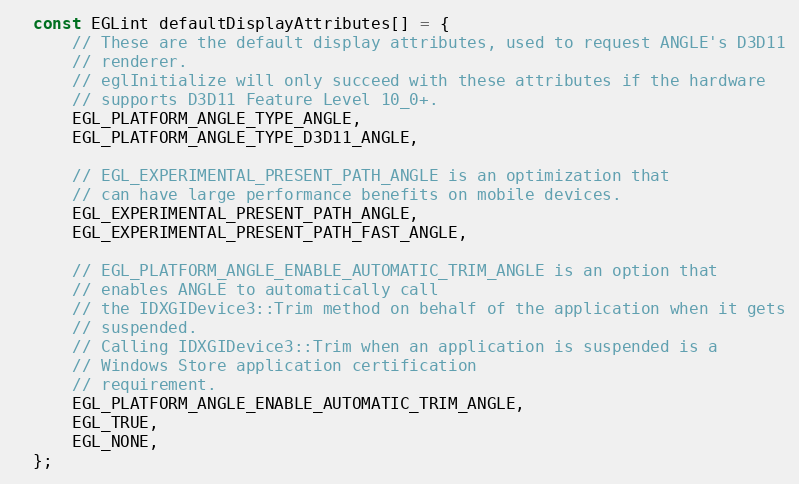
Language: C++
  const EGLint defaultDisplayAttributes[] = {
      // These are the default display attributes, used to request ANGLE's D3D11
      // renderer.
      // eglInitialize will only succeed with these attributes if the hardware
      // supports D3D11 Feature Level 10_0+.
      EGL_PLATFORM_ANGLE_TYPE_ANGLE,
      EGL_PLATFORM_ANGLE_TYPE_D3D11_ANGLE,

      // EGL_EXPERIMENTAL_PRESENT_PATH_ANGLE is an optimization that
      // can have large performance benefits on mobile devices.
      EGL_EXPERIMENTAL_PRESENT_PATH_ANGLE,
      EGL_EXPERIMENTAL_PRESENT_PATH_FAST_ANGLE,

      // EGL_PLATFORM_ANGLE_ENABLE_AUTOMATIC_TRIM_ANGLE is an option that
      // enables ANGLE to automatically call
      // the IDXGIDevice3::Trim method on behalf of the application when it gets
      // suspended.
      // Calling IDXGIDevice3::Trim when an application is suspended is a
      // Windows Store application certification
      // requirement.
      EGL_PLATFORM_ANGLE_ENABLE_AUTOMATIC_TRIM_ANGLE,
      EGL_TRUE,
      EGL_NONE,
  };